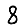
Digit: 8